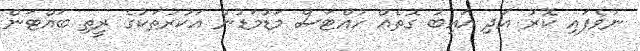
ނުވެފައި ކޮރު އަދި އައިބު ގޮތެއް ހުއްޓަސް މަޑުމަޑުން އަކުރުތަކުގެ ރީތި ބައްޓަން